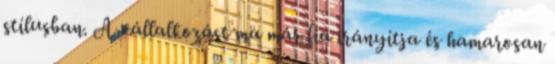
stílusban. A vállalkozást ma már fia irányítja és hamarosan